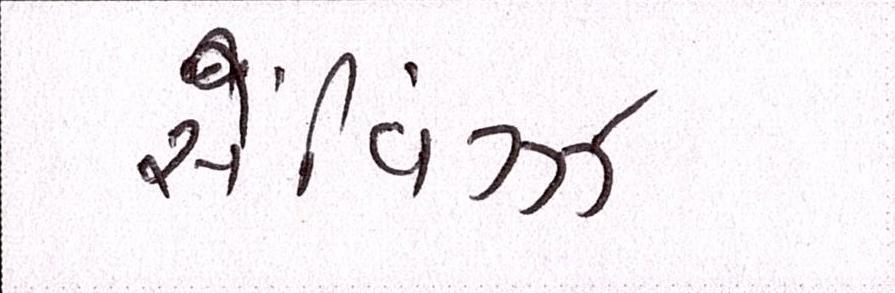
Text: સેવિંગ્ઝ